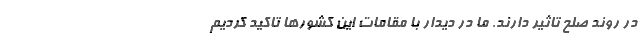
در روند صلح تاثیر دارند. ما در دیدار با مقامات این کشور‌ها تاکید کردیم